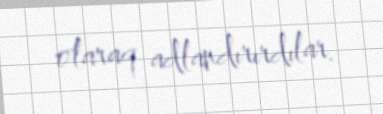
olaraq adlandırırdılar.